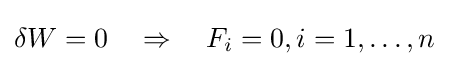
\delta W=0\quad \Rightarrow \quad F_{i}=0,i=1,\ldots ,n